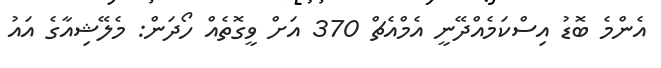
އެންމެ ބޮޑު އިސްކަމެއްދޭނީ އެމްއެޗް 370 އަށް ވީގޮތެއް ހޯދަން: މެލޭޝިއާގެ އައު